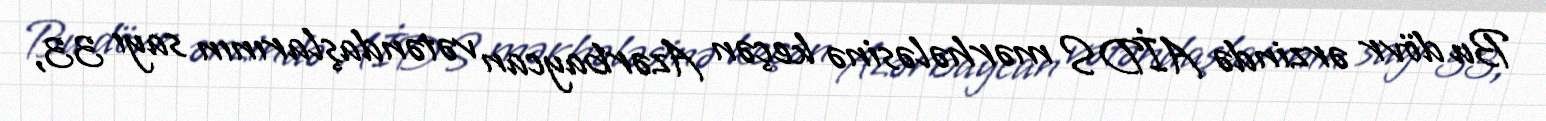
Bu dövr ərzində AİDS mərhələsinə keçən Azərbaycan vətəndaşlarının sayı 33,